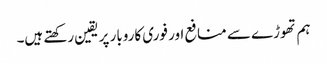
ہم تھوڑے سے منافع اور فوری کاروبار پر یقین رکھتے ہیں۔